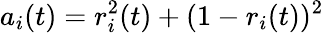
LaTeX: a_{i}(t)=r_{i}^{2}(t)+(1-r_{i}(t))^{2}